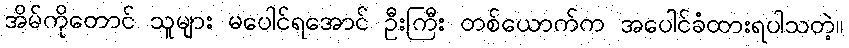
အိမ်ကိုတောင် သူများ မပေါင်ရအောင် ဦးကြီး တစ်ယောက်က အပေါင်ခံထားရပါသတဲ့။